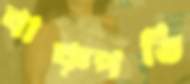
বাক্‌পতি